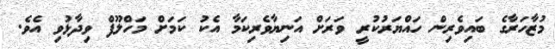
މުޒާހަރާގެ ބައިވެރިން ހައްޔަރުކުރީ ވަރަށް އަނިޔާވެރިކަމާ އެކު ކަމަށް މަހްލޫފް ވިދާޅުވި އެވެ.